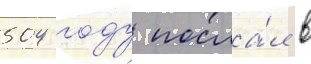
504 году посла́л в